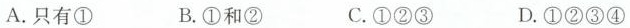
A.只有① B.①和② C.①②③ D.①②③④